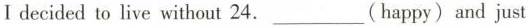
I decided to live without 24.___(happy)and just